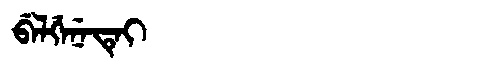
Manchu: ᠪᡝᠯᡤᡝᠨᡝᡨᡝᡳ
Romanization: BELGENETEI